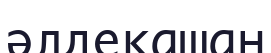
әлдеқашан